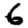
Digit: 6